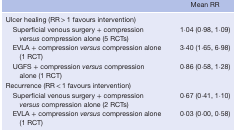
|  | Mean RR |
 | --- | --- |
 | Ulcer healing (RR > 1 favours intervention) |  |
 | Superficial venous surgery + compression versus compression alone (5 RCTs) | 1·04 (0·98, 1·09) |
 | EVLA + compression versus compression alone (1 RCT) | 3·40 (1·65, 6·98) |
 | UGFS + compression versus compression alone (1 RCT) | 0·86 (0·58, 1·28) |
 | Recurrence (RR < 1 favours intervention) |  |
 | Superficial venous surgery + compression versus compression alone (2 RCTs) | 0·67 (0·41, 1·10) |
 | EVLA + compression versus compression alone (1 RCT) | 0·03 (0·00, 0·58) |